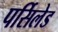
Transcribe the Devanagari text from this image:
पर्सिलेड